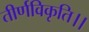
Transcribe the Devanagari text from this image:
तीर्णविकृति।।